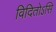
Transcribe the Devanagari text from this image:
विदितोऽसि